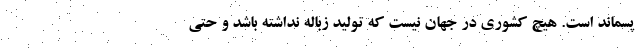
پسماند است. هیچ کشوری در جهان نیست که تولید زباله نداشته باشد و حتی